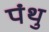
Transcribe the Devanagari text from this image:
पंथु